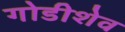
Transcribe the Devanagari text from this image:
गोडीशेव